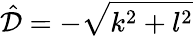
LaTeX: \hat{\mathcal{D}}=-\sqrt{k^{2}+l^{2}}